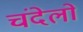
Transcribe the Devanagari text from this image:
चंदेलो